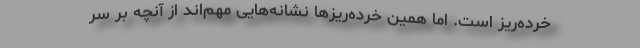
خرده‌ریز است. اما همین خرده‌ریزها نشانه‌هایی مهم‌اند از آنچه بر سر